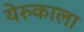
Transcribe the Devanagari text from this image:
येरुकाला